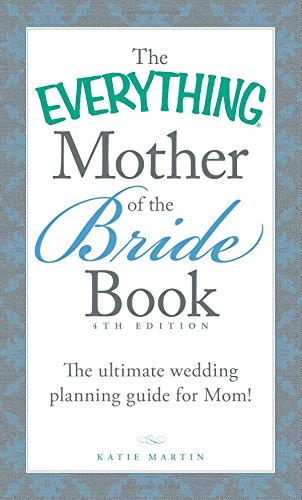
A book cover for The Everything Mother of the Bride Book: The Ultimate Wedding Planning Guide for Mom! (Everything Series); Katie Martin; Crafts, Hobbies & Home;